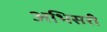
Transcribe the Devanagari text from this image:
अभिसरी